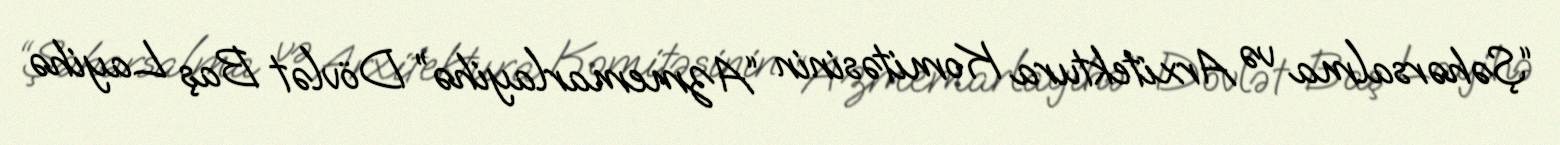
“Şəhərsalma və Arxitektura Komitəsinin “Azmemarlayihə” Dövlət Baş Layihə